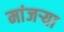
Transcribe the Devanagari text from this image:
मांजऱ्या